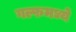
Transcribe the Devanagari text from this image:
गल्फमध्ये